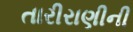
તારીરાણીની